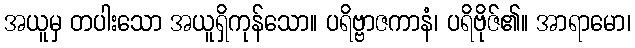
အယူမှ တပါးသော အယူရှိကုန်သော။ ပရိဗ္ဗာဇကာနံ၊ ပရိဗိုဇ်၏။ အာရာမော၊